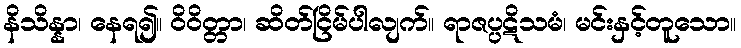
နိသိန္နာ၊ နေရ၍။ ဝိဝိတ္တာ၊ ဆိတ်ငြိမ်ပါလျက်။ ရာဇပ္ပဋိသမံ၊ မင်းနှင့်တူသော။